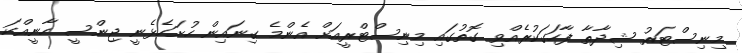
މިނިސްޓަރު ޝިދާތާ ފާހަގަކުރެއްވި ގޮތުގައި މިނިސްޓްރީއަށް އެންމެ ގިނައިން ހުށަހެޅެނީ ޖިންސީ ހާނީއްކަ